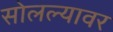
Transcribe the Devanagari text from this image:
सोलल्यावर